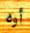
أوه